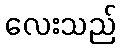
လေးသည်